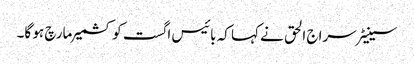
سینیٹر سراج الحق نے کہا کہ بائیس اگست کو کشمیر مارچ ہو گا۔